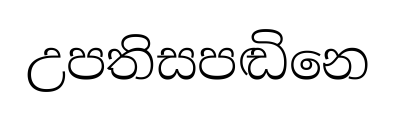
උපතිසපඬිනෙ